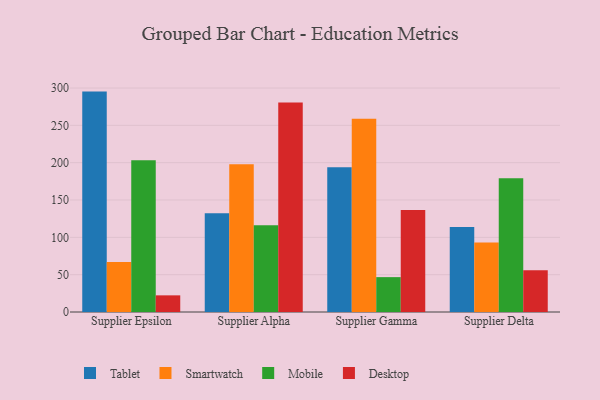
{"axis": {"x": "Supplier", "y": "Active Users"}, "legend": ["Desktop", "Mobile", "Smartwatch", "Tablet"], "data": [{"x": "Supplier Epsilon", "y": 295.2, "type": "Tablet"}, {"x": "Supplier Epsilon", "y": 67.0, "type": "Smartwatch"}, {"x": "Supplier Epsilon", "y": 203.1, "type": "Mobile"}, {"x": "Supplier Epsilon", "y": 22.3, "type": "Desktop"}, {"x": "Supplier Alpha", "y": 132.2, "type": "Tablet"}, {"x": "Supplier Alpha", "y": 197.8, "type": "Smartwatch"}, {"x": "Supplier Alpha", "y": 116.1, "type": "Mobile"}, {"x": "Supplier Alpha", "y": 280.5, "type": "Desktop"}, {"x": "Supplier Gamma", "y": 193.9, "type": "Tablet"}, {"x": "Supplier Gamma", "y": 259.0, "type": "Smartwatch"}, {"x": "Supplier Gamma", "y": 46.7, "type": "Mobile"}, {"x": "Supplier Gamma", "y": 136.5, "type": "Desktop"}, {"x": "Supplier Delta", "y": 114.0, "type": "Tablet"}, {"x": "Supplier Delta", "y": 93.0, "type": "Smartwatch"}, {"x": "Supplier Delta", "y": 179.0, "type": "Mobile"}, {"x": "Supplier Delta", "y": 55.9, "type": "Desktop"}]}